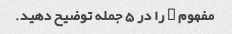
مفهوم X را در 5 جمله توضیح دهید.